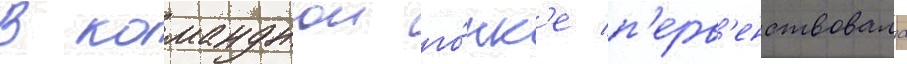
В команднои го́нк'е п'ерв'енствовала